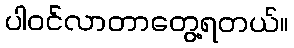
ပါဝင်လာတာတွေ့ရတယ်။